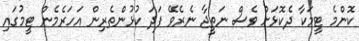
ކޮންމެ ޓީމަކާ ދެކޮޅަށް ވެސް ނަތީޖާ ނެރެވޭ ފަދަ ކުޅުންތެރިން އަހަރެމެން ޓީމުގައި